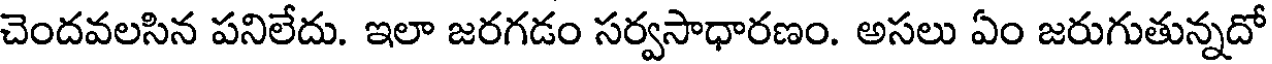
చెందవలసిన పనిలేదు. ఇలా జరగడం సర్వసాధారణం. అసలు ఏం జరుగుతున్నదో